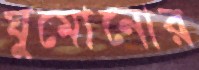
ঘুমোনোর